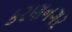
કરણનગર